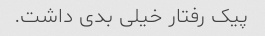
پیک رفتار خیلی بدی داشت.